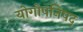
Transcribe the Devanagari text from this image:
योगोपनिषद